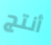
أنتج